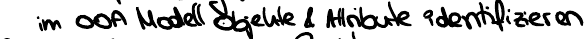
im OOA Modell Objekte & Attribute identifizieren